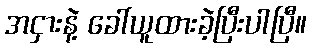
အငှားနဲ့ ခေါ်ယူထားခဲ့ပြီးပါပြီ။